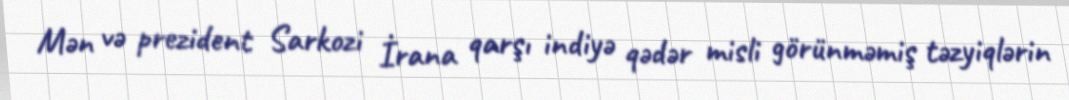
Mən və prezident Sarkozi İrana qarşı indiyə qədər misli görünməmiş təzyiqlərin